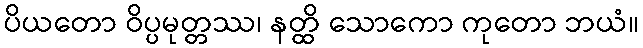
ပိယတော ဝိပ္ပမုတ္တဿ၊ နတ္ထိ သောကော ကုတော ဘယံ။